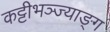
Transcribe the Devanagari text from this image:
कट्टीभञ्ज्याङ्ग